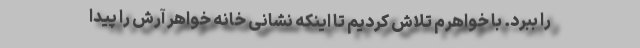
را ببرد. با خواهرم تلاش کردیم تا اینکه نشانی خانه خواهر آرش را پیدا